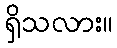
ရှိသလား။